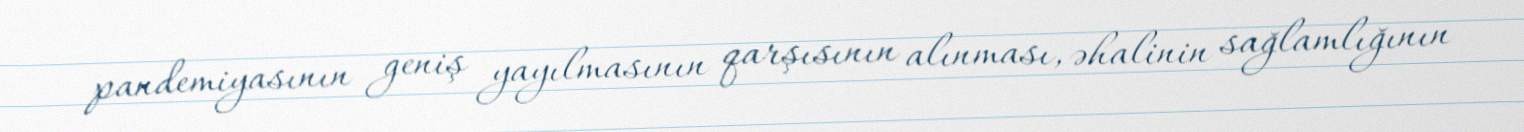
pandemiyasının geniş yayılmasının qarşısının alınması, əhalinin sağlamlığının